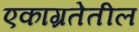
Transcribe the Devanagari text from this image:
एकाग्रतेतील